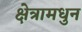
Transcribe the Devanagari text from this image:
क्षेत्रामधुन